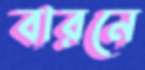
বারনে